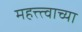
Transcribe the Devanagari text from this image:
महत्त्त्वाच्या